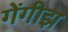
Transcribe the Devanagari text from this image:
गेंगीझ